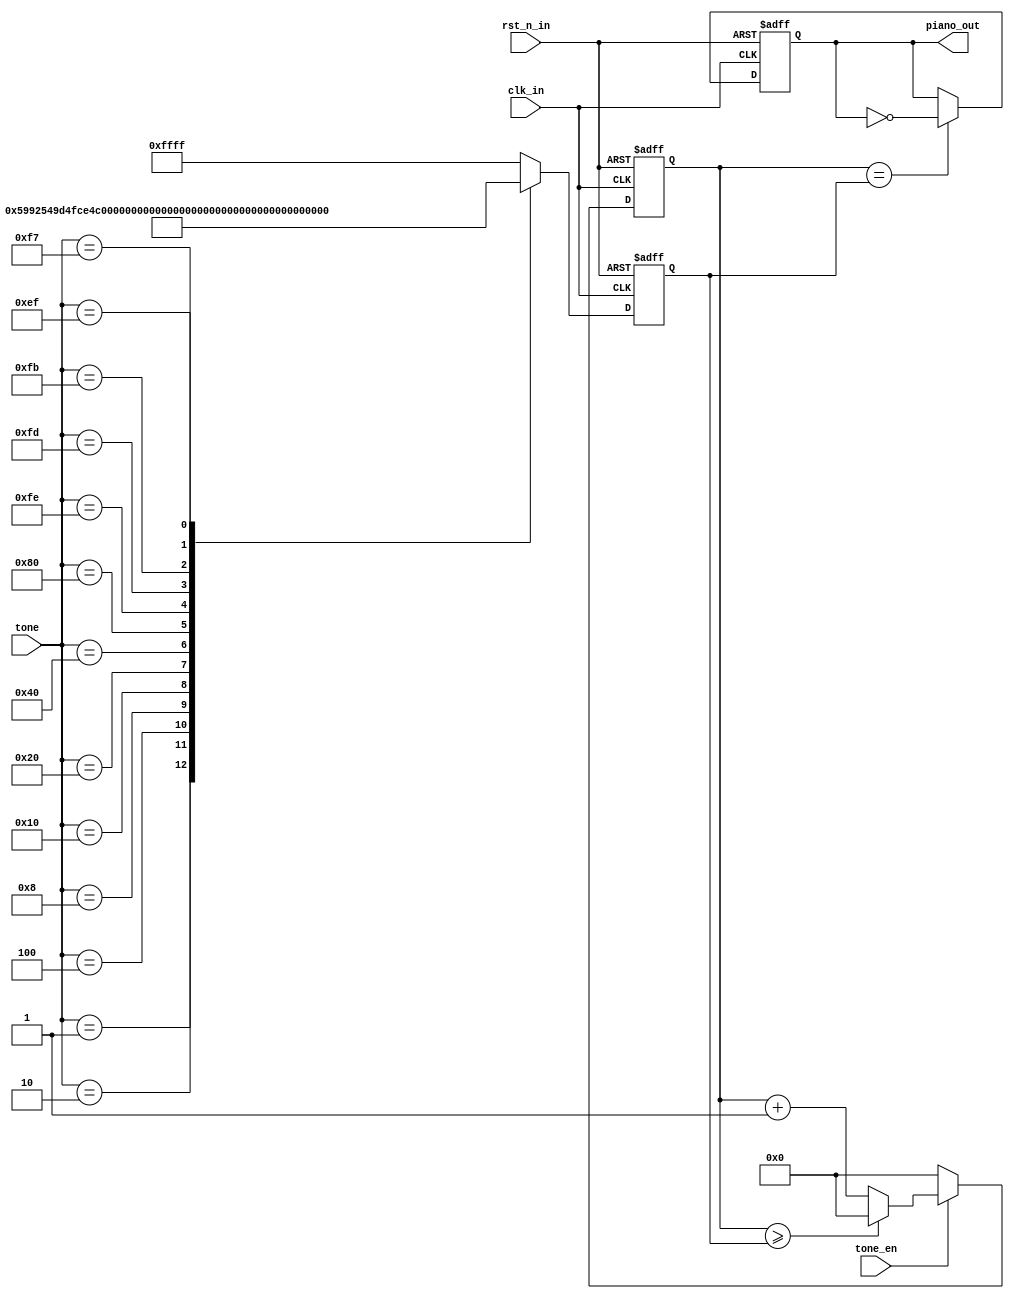
// --------------------------------------------------------------------
// >>>>>>>>>>>>>>>>>>>>>>>>> COPYRIGHT NOTICE <<<<<<<<<<<<<<<<<<<<<<<<<
// --------------------------------------------------------------------
// Module: Beeper
// 
// 
// Description: Beeper
// 
// Web: www.stepfapga.com
// 
// --------------------------------------------------------------------
// Code Revision History :
// --------------------------------------------------------------------
// Version: |Mod. Date:   |Changes Made:
// V1.0     |2016/04/20   |Initial ver
// --------------------------------------------------------------------
module beeper
(
input					clk_in,
input					rst_n_in,
input					tone_en,
input			[7:0]	tone,
output	reg				piano_out
);

reg [15:0] time_end;
//transfer tone to time_end
/** 02   08        40   FE   FB
*	#C	 #D		   #F   #G	 #A 
* C	   D	E    F    G    A    B   C
* 01   02   10   20   80   FD   F7  EF
*/

always@(posedge clk_in or negedge rst_n_in) begin
	if(!rst_n_in) begin
		time_end <=	16'd65535;	
	end else begin
		case(tone)		//cap1188
			8'h01:	time_end <=	16'd22930;	//M1,C
			8'h02:	time_end <=	16'd21661;	//H1,#C	
							 
			8'h04:	time_end <=	16'd20430;	//M2,D
			8'h08:	time_end <=	16'd19293;	//H2,#D	
							 
			8'h10:	time_end <=	16'd18200;	//M3,E
							 
			8'h20:	time_end <=	16'd17180;	//M4,F
			8'h40:	time_end <=	16'd16216;	//H4,#F
							 
			8'h80:	time_end <=	16'd15305;	//M5,G
			8'hFE:	time_end <=	16'd14440;	//H5,#G
							 
			8'hFD:	time_end <=	16'd13635;	//M6,A
			8'hFB:	time_end <=	16'd12876;	//H6,#A
							 
			8'hF7:	time_end <=	16'd12148;	//M7,B
							 
			8'hEF:	time_end <=	16'd11477;	//HIGH_C
			default:time_end <=	16'd65535;	
		endcase
	end
end

reg [15:0] time_cnt;
//count for different tone
always@(posedge clk_in or negedge rst_n_in) begin
	if(!rst_n_in) begin
		time_cnt <= 1'b0;
	end else if(!tone_en) begin
		time_cnt <= 1'b0;
	end else if(time_cnt>=time_end) begin
		time_cnt <= 1'b0;
	end else begin
		time_cnt <= time_cnt + 1'b1;
	end
end
	
//generate piano signal
always@(posedge clk_in or negedge rst_n_in) begin
	if(!rst_n_in) begin
		piano_out <= 1'b1;
	end else if(time_cnt==time_end) begin
		piano_out <= ~piano_out;
	end else begin
		piano_out <= piano_out;
	end
end
	
endmodule